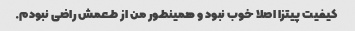
کیفیت پیتزا اصلا خوب نبود و همینطور من از طعمش راضی نبودم.